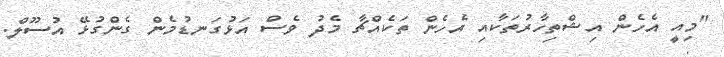
"މިއީ އެހެން އިޝްތިހާރުތަކާއި އެހެން ތަކެއްޗާ މެދު ވެސް އަޅުގަނޑުމެން ގެންގުޅޭ އުސޫލް.